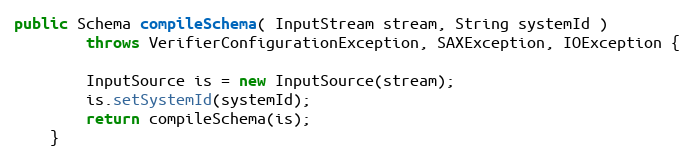
Language: Java
public Schema compileSchema( InputStream stream, String systemId )
		throws VerifierConfigurationException, SAXException, IOException {

		InputSource is = new InputSource(stream);
		is.setSystemId(systemId);
		return compileSchema(is);
	}